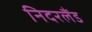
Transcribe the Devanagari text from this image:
निदरलैंड